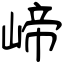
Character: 崹